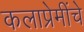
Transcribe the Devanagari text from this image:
कलाप्रेमींचे